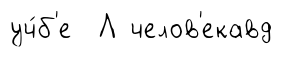
уч́б'е Л челов'екавд